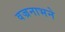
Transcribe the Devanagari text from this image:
वज्रनाभने